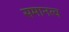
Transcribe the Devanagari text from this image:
समानत्व